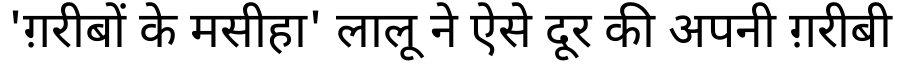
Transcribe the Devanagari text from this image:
'ग़रीबों के मसीहा' लालू ने ऐसे दूर की अपनी ग़रीबी